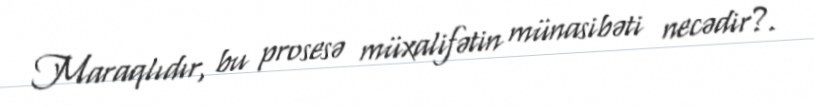
Maraqlıdır, bu prosesə müxalifətin münasibəti necədir?.